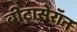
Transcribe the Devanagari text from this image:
बीटासेरॉन